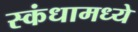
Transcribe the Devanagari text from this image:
स्कंधामध्ये